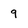
Character: 9